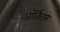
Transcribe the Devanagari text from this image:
ऑर्किड्‌स